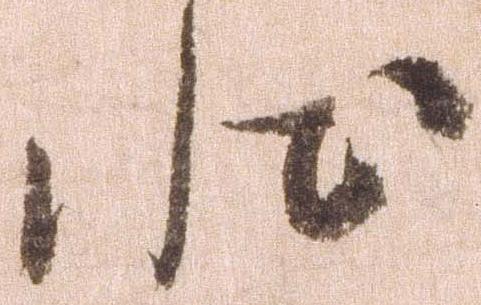
状